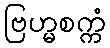
ဗြဟ္မစက္ကံ